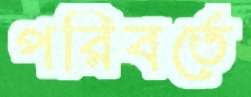
পরিবর্তে